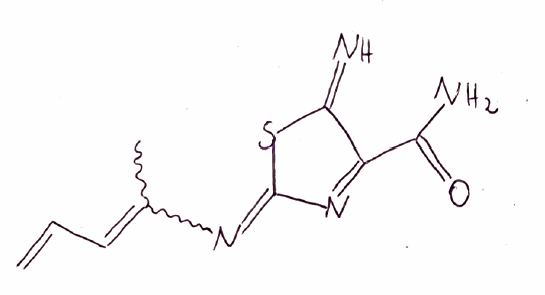
Simplified molecular-input line-entry system (SMILES) notation of the given molecule:
CC(=CC=C)N=C1N=C(C(=N)S1)C(=O)N